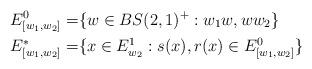
LaTeX: \begin{align*}E_{[w_1,w_2]}^0=& \{w\in BS(2,1)^+: w_1 w , w w_2 \} \\E_{[w_1,w_2]}^*=&\{ x\in E^1_{w_2}: s(x),r(x) \in E_{[w_1,w_2]}^0 \}\end{align*}